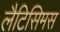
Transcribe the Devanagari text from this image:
लैटिसिमस